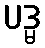
ပဒ္မ